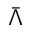
\bar { \Lambda }